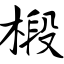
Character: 椴